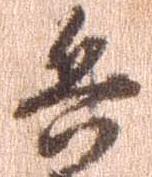
兵